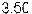
3.50